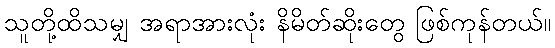
သူတို့ထိသမျှ အရာအားလုံး နိမိတ်ဆိုးတွေ ဖြစ်ကုန်တယ်။